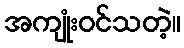
အကျုံးဝင်သတဲ့။